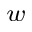
_ w